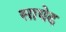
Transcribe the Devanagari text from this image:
सायेद